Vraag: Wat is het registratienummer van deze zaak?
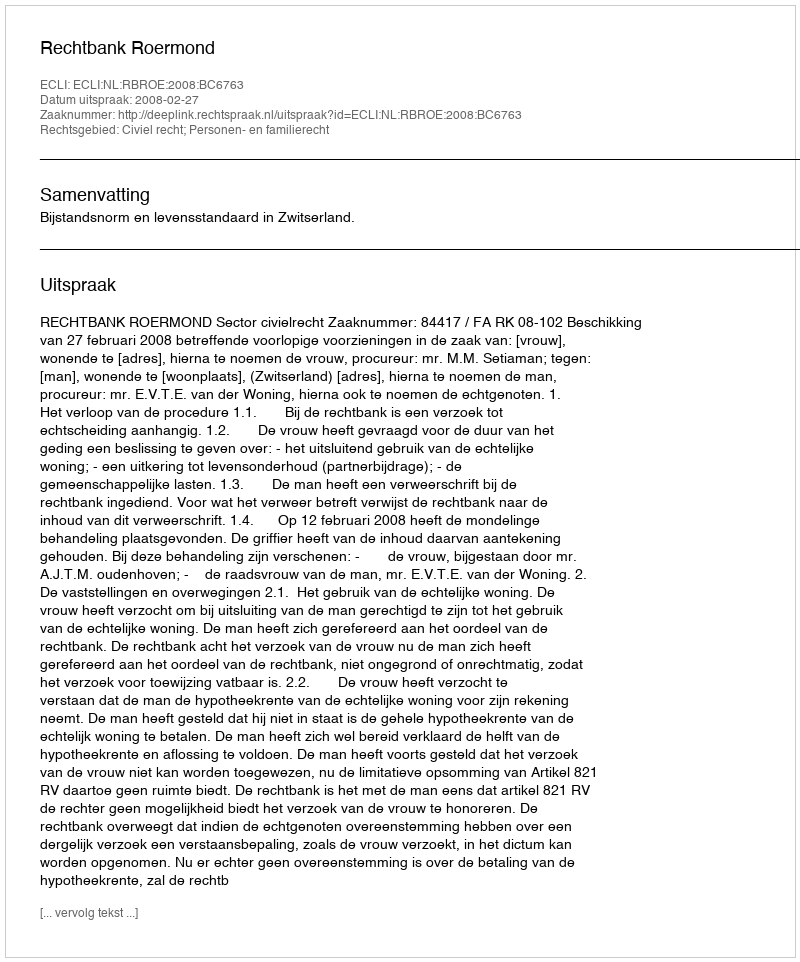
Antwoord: http://deeplink.rechtspraak.nl/uitspraak?id=ECLI:NL:RBROE:2008:BC6763